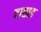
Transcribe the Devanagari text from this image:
दाताड